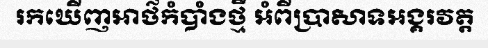
រកឃើញអាថ៌កំបាំងថ្មី អំពីប្រាសាទអង្គរវត្ត